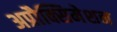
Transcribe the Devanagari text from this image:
अप्रौक्सिमेशन